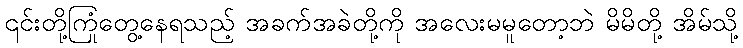
၎င်းတို့ကြုံတွေ့နေရသည့် အခက်အခဲတို့ကို အလေးမမူတော့ဘဲ မိမိတို့ အိမ်သို့